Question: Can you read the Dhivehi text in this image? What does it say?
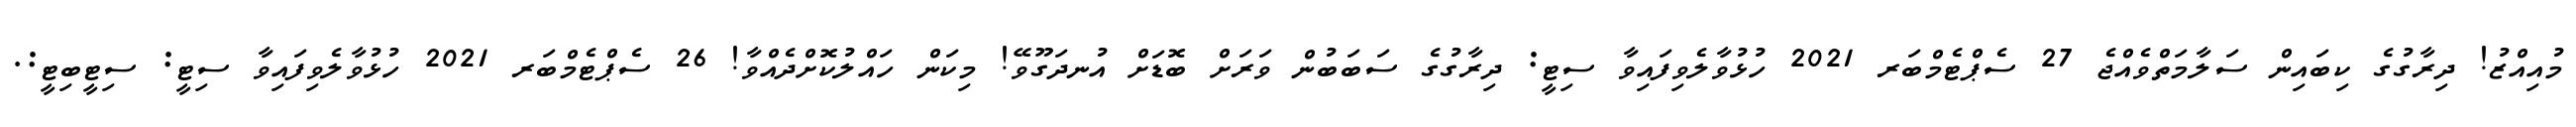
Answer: މުއިއްޒު! ދިރާގުގެ ކިބައިން ސަލާމަތްވެއްޖެ 27 ސެޕްޓެމްބަރ 2021 ހުޅުވާލެވިފައިވާ ސިޓީ: ދިރާގުގެ ސަބަބުން ވަރަށް ބޮޑަށް އުނދަގޫވޭ! މިކަން ހައްލުކޮށްދެއްވާ! 26 ސެޕްޓެމްބަރ 2021 ހުޅުވާލެވިފައިވާ ސިޓީ: ސިޓީބިޓީ:.